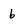
Character: 6